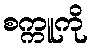
စက္ကူကို